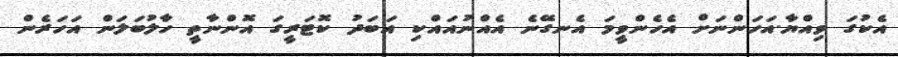
އެކުގަ ވިއްޔާ.އަހަންނަށް އެހެންވީމަ އެނގޭނެ އެއްނުއައްކި އަބަދު ކޮޓަރީގަ އޮންނާތީ ހާލުބަލަން އަހަރެން